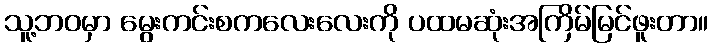
သူ့ဘဝမှာ မွေးကင်းစကလေးလေးကို ပထမဆုံးအကြိမ်မြင်ဖူးတာ။